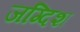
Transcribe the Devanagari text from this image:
जग्दिश